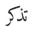
تذكر